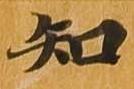
知